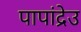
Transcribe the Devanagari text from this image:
पापांद्रेउ